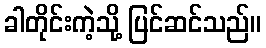
ခါတိုင်းကဲ့သို့ ပြင်ဆင်သည်။